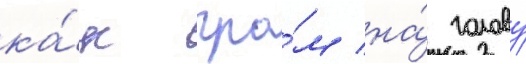
ка́к гро́м на́ голову